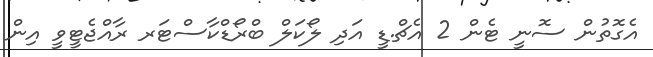
އެގޮތުން ސޮނީ ޓެން 2 އެޗް.ޑީ އަދި ލޯކަލް ބްރޯޑްކާސްޓަރ ރާއްޖެޓީވީ އިން